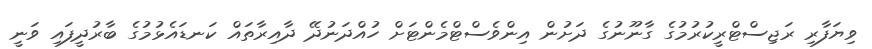
ވިޔަފާރި ރަޖިސްޓްރީކުރުމުގެ ގާނޫނުގެ ދަށުން އިންވެސްޓްމެންޓަށް ހުއްދަނުދޭ ދާއިރާތައް ކަނޑައެޅުމުގެ ބާރުދީފައި ވަނީ